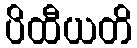
ပိထီယတိ